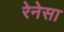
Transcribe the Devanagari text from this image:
रेनेसा